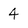
Character: 4